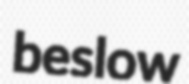
beslow